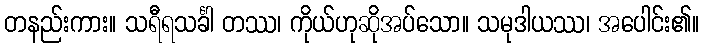
တနည်းကား။ သရီရသင်္ခါ တဿ၊ ကိုယ်ဟုဆိုအပ်သော။ သမုဒါယဿ၊ အပေါင်း၏။